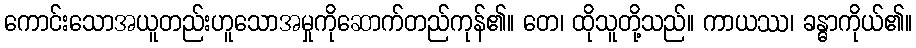
ကောင်းသောအယူတည်းဟူသောအမှုကိုဆောက်တည်ကုန်၏။ တေ၊ ထိုသူတို့သည်။ ကာယဿ၊ ခန္ဓာကိုယ်၏။